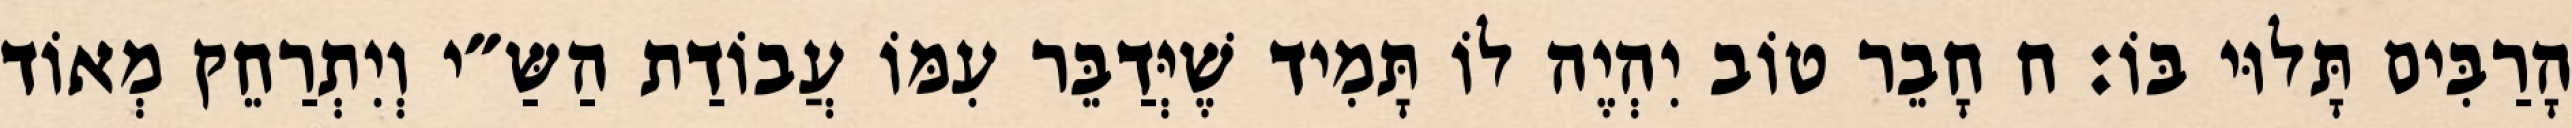
הָרַבִּים תָּלוּי בּוֹ: ח חָבֵר טוֹב יִהְיֶה לוֹ תָּמִיד שֶׁיְּדַבֵּר עִמּוֹ עֲבוֹדַת הַשַּ״י וְיִתְרַחֵק מְאוֹד